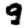
Digit: 9